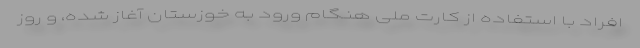
افراد با استفاده از کارت ملی هنگام ورود به خوزستان آغاز شده، و روز